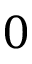
0